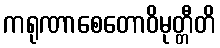
ကရုဏာစေတောဝိမုတ္တီတိ